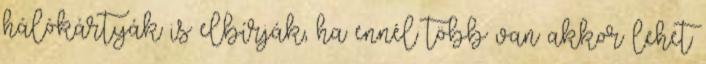
hálókártyák is elbírják, ha ennél több van akkor lehet